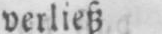
verließ